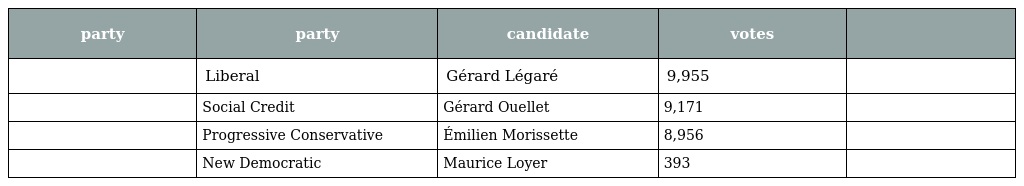
| party | party | candidate | votes |  |
 | --- | --- | --- | --- | --- |
 |  | Liberal | Gérard Légaré | 9,955 |  |
 |  | Social Credit | Gérard Ouellet | 9,171 |  |
 |  | Progressive Conservative | Émilien Morissette | 8,956 |  |
 |  | New Democratic | Maurice Loyer | 393 |  |